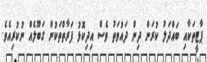
ޕާޓީތަކާއި ބައްދަލު ކުރަން ދިން ދައުވަތު ވެސް އިދިކޮޅު ފަރާތްތަކުން ގަބޫލެއް ނުކުރިއެވެ.